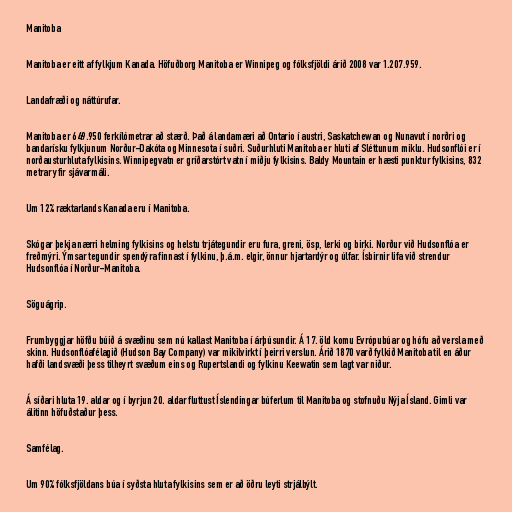
Manitoba

Manitoba er eitt af fylkjum Kanada. Höfuðborg Manitoba er Winnipeg og fólksfjöldi árið 2008 var 1.207.959.

Landafræði og náttúrufar.

Manitoba er 649.950 ferkílómetrar að stærð. Það á landamæri að Ontario í austri, Saskatchewan og Nunavut í norðri og
bandarísku fylkjunum Norður-Dakóta og Minnesota í suðri. Suðurhluti Manitoba er hluti af Sléttunum miklu. Hudsonflói er í
norðausturhluta fylkisins. Winnipegvatn er gríðarstórt vatn í miðju fylkisins. Baldy Mountain er hæsti punktur fylkisins, 832
metrar yfir sjávarmáli.

Um 12% ræktarlands Kanada eru í Manitoba.

Skógar þekja nærri helming fylkisins og helstu trjátegundir eru fura, greni, ösp, lerki og birki. Norður við Hudsonflóa er
freðmýri. Ýmsar tegundir spendýra finnast í fylkinu, þ.á.m. elgir, önnur hjartardýr og úlfar. Ísbirnir lifa við strendur
Hudsonflóa í Norður-Manitoba.

Söguágrip.

Frumbyggjar höfðu búið á svæðinu sem nú kallast Manitoba í árþúsundir. Á 17. öld komu Evrópubúar og hófu að versla með
skinn. Hudsonflóafélagið (Hudson Bay Company) var mikilvirkt í þeirri verslun. Árið 1870 varð fylkið Manitoba til en áður
hafði landsvæði þess tilheyrt svæðum eins og Rupertslandi og fylkinu Keewatin sem lagt var niður.

Á síðari hluta 19. aldar og í byrjun 20. aldar fluttust Íslendingar búferlum til Manitoba og stofnuðu Nýja Ísland. Gimli var
álitinn höfuðstaður þess.

Samfélag.

Um 90% fólksfjöldans búa í syðsta hluta fylkisins sem er að öðru leyti strjálbýlt.